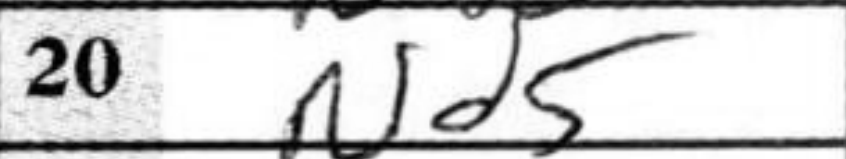
Transcription: Nd5